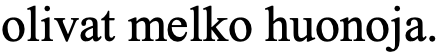
olivat melko huonoja.